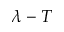
\lambda - T